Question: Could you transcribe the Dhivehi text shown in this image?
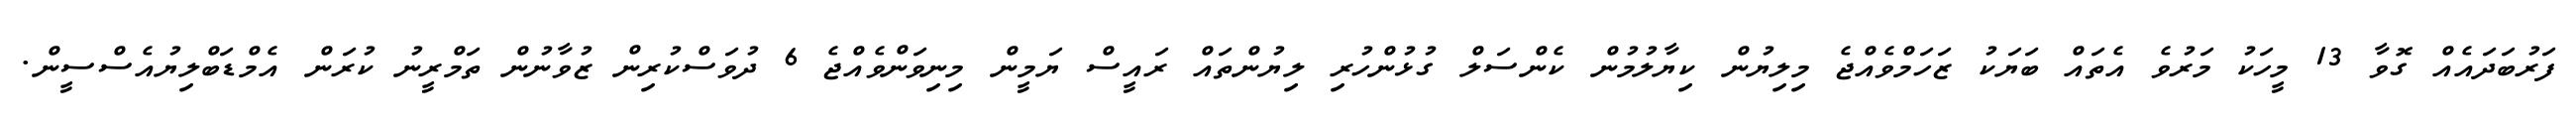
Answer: ފަރުބަދައެއް ގޮވާ 13 މީހަކު މަރުވެ އެތައް ބަޔަކު ޒަހަމްވެއްޖެ މިލިޔުން ކިޔާލުމުން ކެންސަލް ގުޅުންހުރި ލިޔުންތައް ރައީސް ޔަމީން މިނިވަންވެއްޖެ 6 ދުވަސްކުރިން ޒުވާނުން ތަމްރީނު ކުރަން އެމްޑަބްލިޔުއެސްސީން.